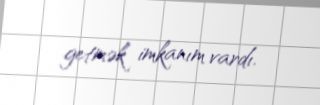
getmək imkanım vardı.